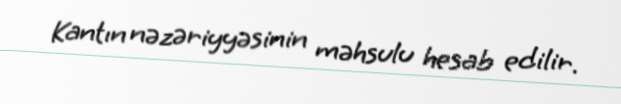
Kantın nəzəriyyəsinin məhsulu hesab edilir.